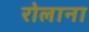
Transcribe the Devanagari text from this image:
रोलाना